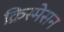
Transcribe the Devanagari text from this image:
क्रिस्मेसन